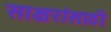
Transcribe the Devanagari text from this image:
साक्षरांसाठी